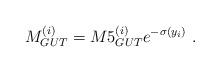
LaTeX: \begin{align*}M_{GUT}^{(i)} = M5_{GUT}^{(i)} e^{-\sigma (y_i)} ~.~ \,\end{align*}